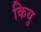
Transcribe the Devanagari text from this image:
कियु